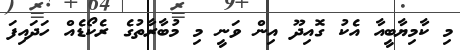
މި ކާމިޔާބީއާ އެކު ގޮއިދޫ އިން ވަނީ މި މުބާރާތުގެ ރެކޯޑެއް ހަދައިފަ